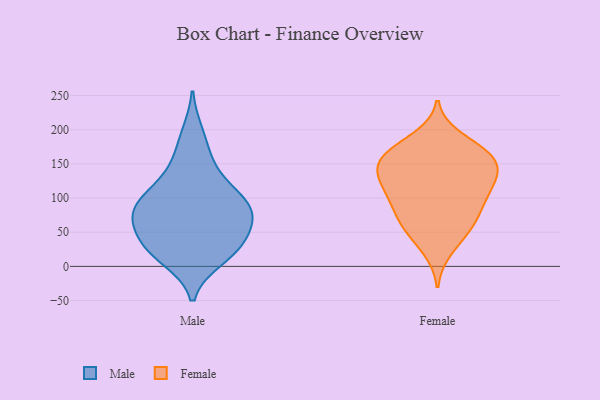
{"axis": {"x": "Conversion Rate (%)", "y": "Value"}, "legend": ["Female", "Male"], "data": [{"x": "", "y": 164, "type": "Male"}, {"x": "", "y": 13, "type": "Male"}, {"x": "", "y": 74, "type": "Male"}, {"x": "", "y": 69, "type": "Male"}, {"x": "", "y": 118, "type": "Male"}, {"x": "", "y": 11, "type": "Male"}, {"x": "", "y": 138, "type": "Male"}, {"x": "", "y": 34, "type": "Male"}, {"x": "", "y": 26, "type": "Male"}, {"x": "", "y": 96, "type": "Male"}, {"x": "", "y": 89, "type": "Male"}, {"x": "", "y": 33, "type": "Male"}, {"x": "", "y": 72, "type": "Male"}, {"x": "", "y": 86, "type": "Male"}, {"x": "", "y": 195, "type": "Male"}, {"x": "", "y": 69, "type": "Male"}, {"x": "", "y": 103, "type": "Male"}, {"x": "", "y": 38, "type": "Male"}, {"x": "", "y": 104, "type": "Female"}, {"x": "", "y": 51, "type": "Female"}, {"x": "", "y": 83, "type": "Female"}, {"x": "", "y": 129, "type": "Female"}, {"x": "", "y": 157, "type": "Female"}, {"x": "", "y": 64, "type": "Female"}, {"x": "", "y": 24, "type": "Female"}, {"x": "", "y": 166, "type": "Female"}, {"x": "", "y": 115, "type": "Female"}, {"x": "", "y": 155, "type": "Female"}, {"x": "", "y": 52, "type": "Female"}, {"x": "", "y": 166, "type": "Female"}, {"x": "", "y": 140, "type": "Female"}, {"x": "", "y": 124, "type": "Female"}, {"x": "", "y": 126, "type": "Female"}, {"x": "", "y": 80, "type": "Female"}, {"x": "", "y": 93, "type": "Female"}, {"x": "", "y": 173, "type": "Female"}, {"x": "", "y": 188, "type": "Female"}, {"x": "", "y": 148, "type": "Female"}]}